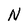
Character: N